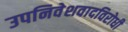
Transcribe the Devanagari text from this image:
उपनिवेशवादविरोधी